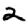
Digit: 2